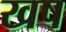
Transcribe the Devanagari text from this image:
खष